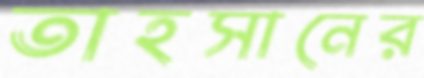
তাহসানের